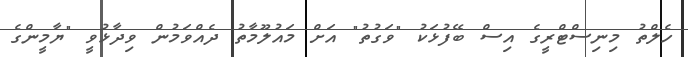
ހެލްތު މިނިސްޓްރީގެ އިސް ބޭފުޅަކު "ވަގުތު" އަށް މައުލޫމާތު ދެއްވަމުން ވިދާޅުވީ "ޔާމީންގެ